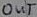
Text: OUT